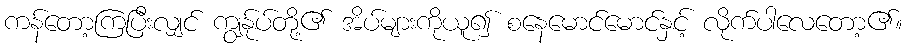
ကန်တော့ကြပြီးလျှင် ကျွန်ုပ်တို့၏ အိပ်များကိုယူ၍ စနေမောင်မောင်နှင့် လိုက်ပါလေတော့၏။